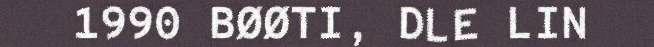
1990 BØØTI, DLE LIN